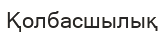
Қолбасшылық